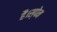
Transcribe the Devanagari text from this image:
हैं।स्पेन